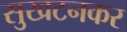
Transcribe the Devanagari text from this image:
सुखटनकर